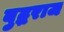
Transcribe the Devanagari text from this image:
बुद्धराज